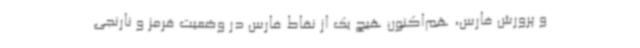
و پرورش فارس، هم‌اکنون هیچ یک از نقاط فارس در وضعیت قرمز و نارنجی